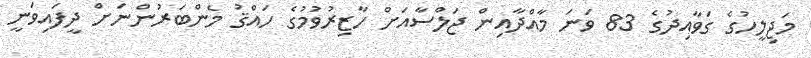
މަޖިލީހުގެ ގަވާއިދުގެ 83 ވަނަ މާއްދާއިން ޖަލްސާއަށް ހާޒިރުވުމުގެ ހައްޤު މެންބަރުންނަށް ދީފައިވަނީ